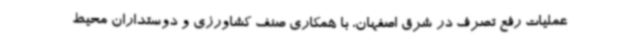
عملیات رفع تصرف در شرق اصفهان، با همکاری صنف کشاورزی و دوستداران محیط